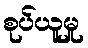
စုပ်ယူမှု